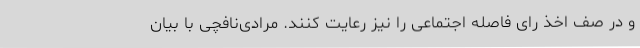
و در صف اخذ رای فاصله اجتماعی را نیز رعایت کنند. مرادی‌نافچی با بیان